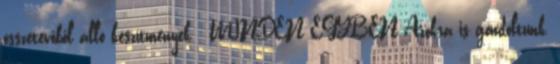
összetevőből álló készítmények - MINDEN EGYBEN Azokra is gondoltunk,